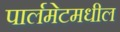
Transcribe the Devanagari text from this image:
पार्लमेटमधील